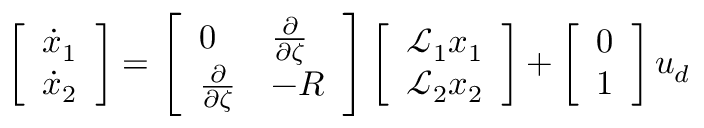
\left[ \begin{array} { l } { \dot { x } _ { 1 } } \\ { \dot { x } _ { 2 } } \end{array} \right] = \left[ \begin{array} { l l } { 0 } & { \frac { \partial } { \partial \zeta } } \\ { \frac { \partial } { \partial \zeta } } & { - R } \end{array} \right] \left[ \begin{array} { l } { \mathcal { L } _ { 1 } x _ { 1 } } \\ { \mathcal { L } _ { 2 } x _ { 2 } } \end{array} \right] + \left[ \begin{array} { l } { 0 } \\ { 1 } \end{array} \right] u _ { d }